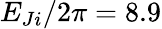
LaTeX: E_{Ji}/2\pi=8.9